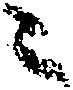
々